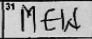
Transcription: MEW